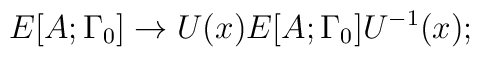
E[A;\Gamma_{0}]\rightarrow U(x) E[A;\Gamma_{0}] U^{-1}(x);